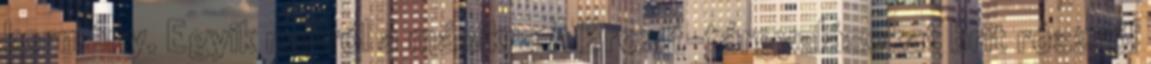
kormány. Egyik napról a másikra A Brexit-tárgyalásokat brit részről